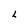
Character: 2